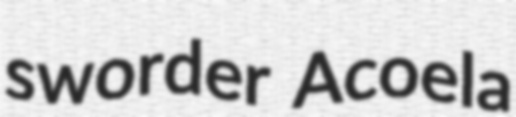
sworder Acoela